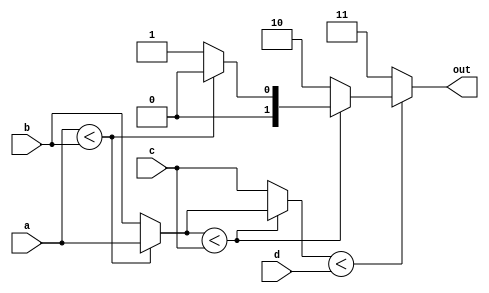
module comparator(a, b, c, d, out);
    input [2:0] a, b, c, d;
    output [1:0] out;
    reg [1:0] out;
    integer index;
    reg [2:0] imd;
    
    always @(a or b or c or d or out) begin
        index = a < b ? 0 : 1;
        imd = a < b ? a : b;
        
        index = imd < c ? index : 2;
        imd = imd < c ? imd : c; 
        
        index = imd < d ? index : 3;
        
        out = index;
    end
endmodule